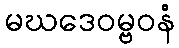
မဃဒေဝမ္ဗဝနံ